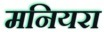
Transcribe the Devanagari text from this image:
मनियरा